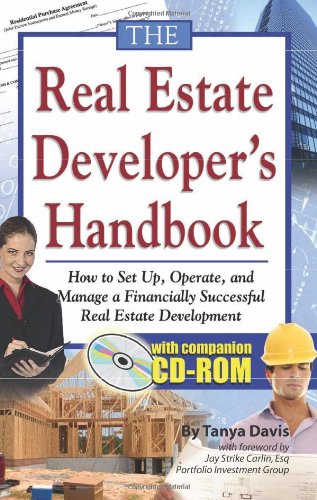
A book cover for The Real Estate Developer's Handbook: How to Set Up, Operate, and Manage a Financially Successful Real Estate Development With Companion CD-ROM; Tanya Davis; Business & Money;